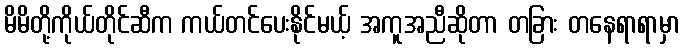
မိမိတို့ကိုယ်တိုင်ဆီက ကယ်တင်ပေးနိုင်မယ့် အကူအညီဆိုတာ တခြား တနေရာရာမှာ